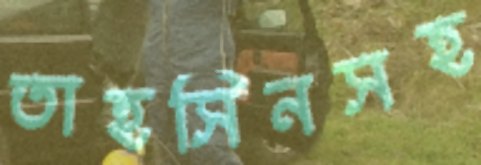
তাহসিনসহ